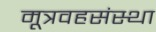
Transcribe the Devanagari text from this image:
मूत्रवहसंस्था